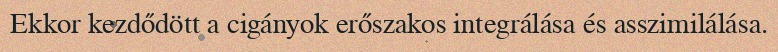
Ekkor kezdődött a cigányok erőszakos integrálása és asszimilálása.